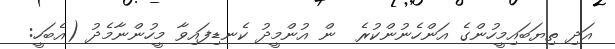
އަދި ތިޔަބައިމީހުންގެ އަންހެނުންކުރެ  ން އުންމީދު ކެނޑިފައިވާ މީހުންނާމެދު (އެބަހީ: